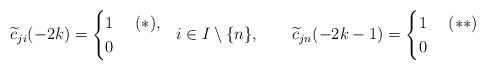
LaTeX: \begin{align*}\widetilde{c}_{ji}(-2k)&=\begin{cases}1&\ (\ast),\\0&\end{cases}\ \ i\in I\setminus\{n\},&\widetilde{c}_{jn}(-2k-1)&=\begin{cases}1&\ (\ast\ast)\\0&\end{cases}\end{align*}